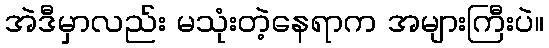
အဲဒီမှာလည်း မသုံးတဲ့နေရာက အများကြီးပဲ။